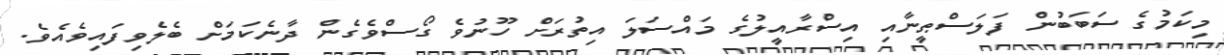
މިކަމުގެ ސަބަބުން ފަލަސްޠީނާއި އިސްރާއީލުގެ މައްސަލަ އިތުރަށް ހޫނުވެ ގޯސްވެގެން ދާނެކަމަށް ބެލެވިފައިވެއެވެ.